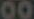
00